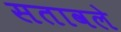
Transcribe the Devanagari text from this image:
सतावले